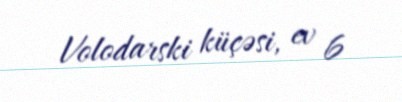
Volodarski küçəsi, ev 6